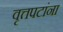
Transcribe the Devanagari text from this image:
वृत्तपटांना